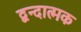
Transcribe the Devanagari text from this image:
द्वन्दात्मक